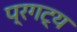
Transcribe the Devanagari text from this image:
प्रगट्य